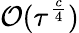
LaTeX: \mathcal{O}(\tau^{\frac{c}{4}})